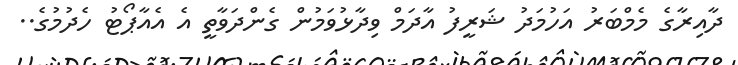
ދާއިރާގެ މެމްބަރު އަހުމަދު ޝަރީފު އާދަމް ވިދާޅުވަމުން ގެންދަވާތީ އެ އެއާޕޯޓު ހެދުމުގެ..